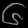
Digit: ၆